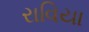
રાવિયા